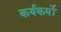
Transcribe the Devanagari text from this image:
कर्यकर्मो